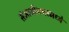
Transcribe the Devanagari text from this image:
संभाजीनगरमध्ये